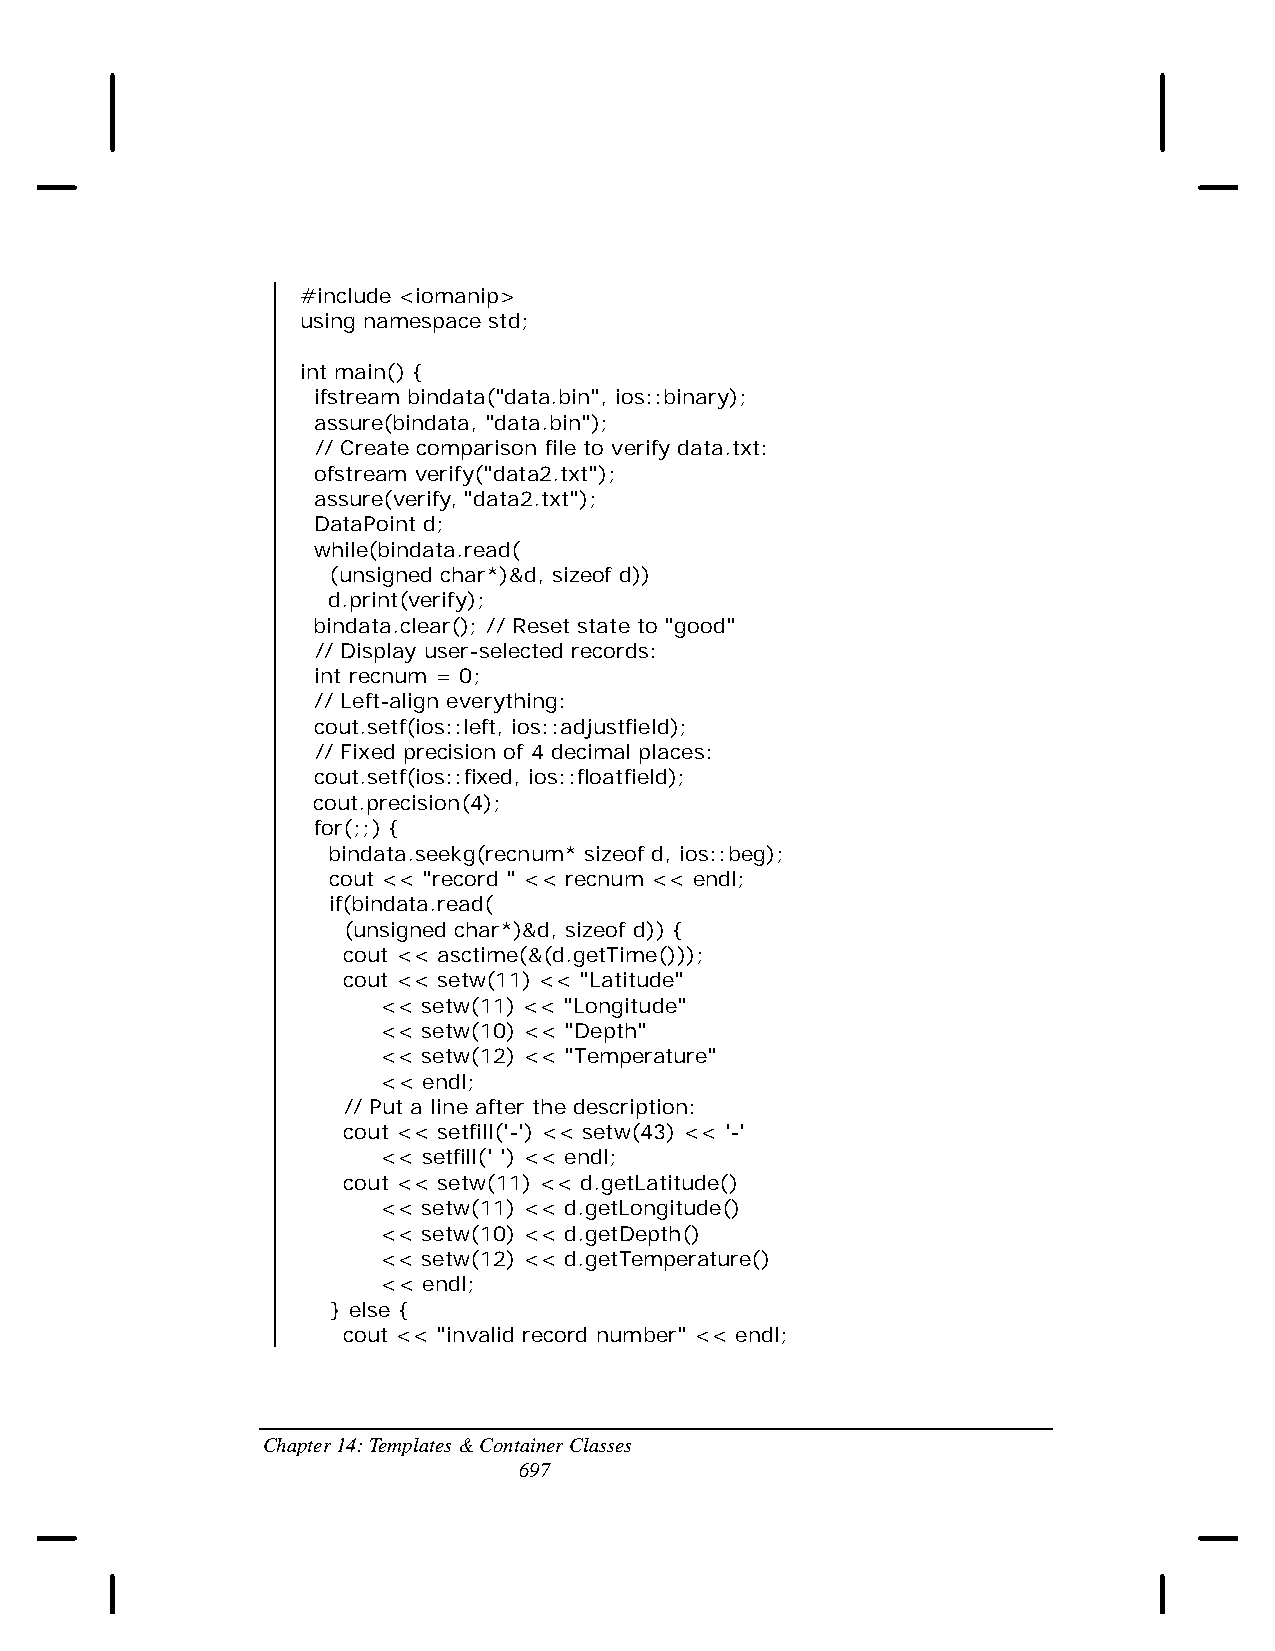
#include <iomanip>
 using namespace std;
 int main() {
 ifstream bindata("data.bin", ios::binary);
 assure(bindata, "data.bin");
 // Create comparison file to verify data.txt:
 ofstream verify("data2.txt");
 assure(verify, "data2.txt");
 DataPoint d;
 while(bindata.read(
 (unsigned char*)&d, sizeof d))
 d.print(verify);
 bindata.clear(); // Reset state to "good"
 // Display user-selected records:
 int recnum = 0;
 // Left-align everything:
 cout.setf(ios::left, ios::adjustfield);
 // Fixed precision of 4 decimal places:
 cout.setf(ios::fixed, ios::floatfield);
 cout.precision(4);
 for(;;) {
 bindata.seekg(recnum* sizeof d, ios::beg);
 cout << "record " << recnum << endl;
 if(bindata.read(
 (unsigned char*)&d, sizeof d)) {
 cout << asctime(&(d.getTime()));
 cout << setw(11) << "Latitude"
 << setw(11) << "Longitude"
 << setw(10) << "Depth"
 << setw(12) << "Temperature"
 << endl;
 // Put a line after the description:
 cout << setfill('-') << setw(43) << '-'
 << setfill(' ') << endl;
 cout << setw(11) << d.getLatitude()
 << setw(11) << d.getLongitude()
 << setw(10) << d.getDepth()
 << setw(12) << d.getTemperature()
 << endl;
 } else {
 cout << "invalid record number" << endl;
 Chapter 14: Templates & Container Classes
 697